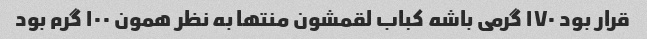
قرار بود ۱۷۰ گرمی باشه کباب لقمشون منتها به نظر همون ۱۰۰ گرم بود